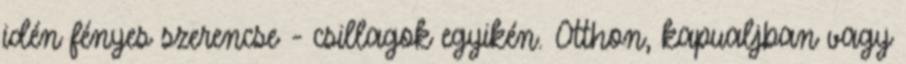
idén fényes szerencse - csillagok egyikén. Otthon, kapualjban vagy